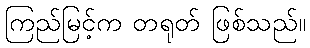
ကြည်မြင့်က တရုတ် ဖြစ်သည်။